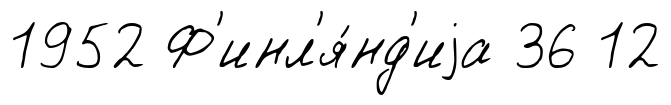
1952 Ф'инл'я́нд'иjа 36 12